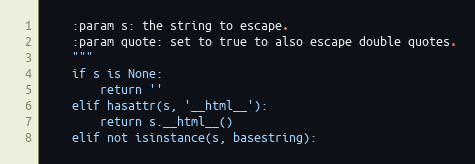
Language: Python
    :param s: the string to escape.
    :param quote: set to true to also escape double quotes.
    """
    if s is None:
        return ''
    elif hasattr(s, '__html__'):
        return s.__html__()
    elif not isinstance(s, basestring):